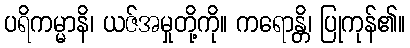
ပရိကမ္မာနိ၊ ယဇ်အမှုတို့ကို။ ကရောန္တိ၊ ပြုကုန်၏။